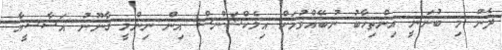
ދެން މި ބުނަނީ އިންތިހާބު ނުބޭއްވުމަށް އިލެކްޝަންސް އިން ނިންމީ ގާނޫނު އަސާސީއާ